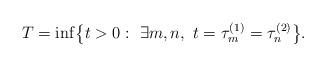
LaTeX: \begin{align*}T = \inf\bigl\{ t >0:\ \exists m, n,\ t = \tau^{(1)}_m =\tau^{(2)}_n \bigr\}.\end{align*}